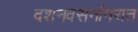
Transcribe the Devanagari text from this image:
दशनवसनांगरात